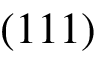
( 1 1 1 )